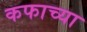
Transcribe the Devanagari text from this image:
कफाच्या